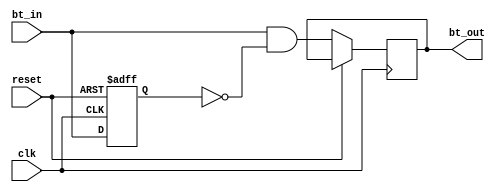
`timescale 1ns / 1ps
//////////////////////////////////////////////////////////////////////////////////
// Company: 
// Engineer: 
// 
// Design Name: 
// Module Name:    flank_detector 
// Project Name: 
// Target Devices: 
// Tool versions: 
// Description: 
//
// Dependencies: 
//
// Revision: 
// Revision 0.01 - File Created
// Additional Comments: 
//
//////////////////////////////////////////////////////////////////////////////////
module flank_detector(
	input bt_in,
	input clk,
	input reset,
	output reg bt_out
	);

	reg bt_reg;

	always@ (posedge clk, posedge reset)
		if (reset)
			bt_reg <= 0;
		else
		begin
			bt_out <= bt_in && ~bt_reg;
			bt_reg <= bt_in;
		end
	
endmodule